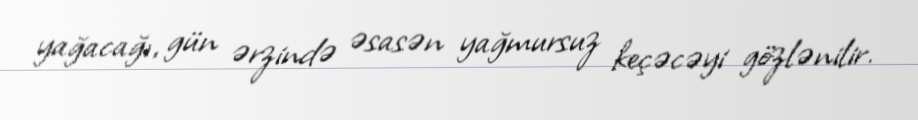
yağacağı, gün ərzində əsasən yağmursuz keçəcəyi gözlənilir.